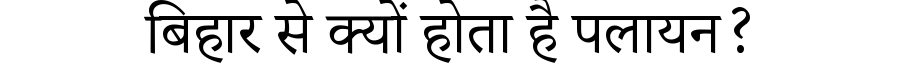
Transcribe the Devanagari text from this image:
बिहार से क्यों होता है पलायन?